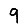
Digit: 9